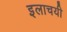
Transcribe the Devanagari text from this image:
इलाचयी